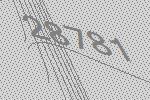
28781